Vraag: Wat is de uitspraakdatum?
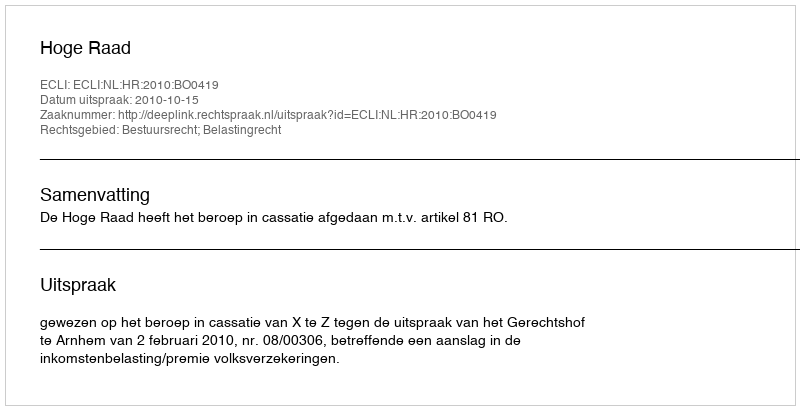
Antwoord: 2010-10-15